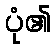
ပုံ၏